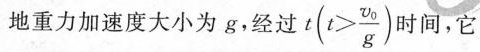
地重力加速度大小为g，经过$$t ( t > \frac { v_{ 0 } { g } )$$ 时间，它